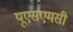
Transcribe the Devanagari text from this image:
यूएसएमसी